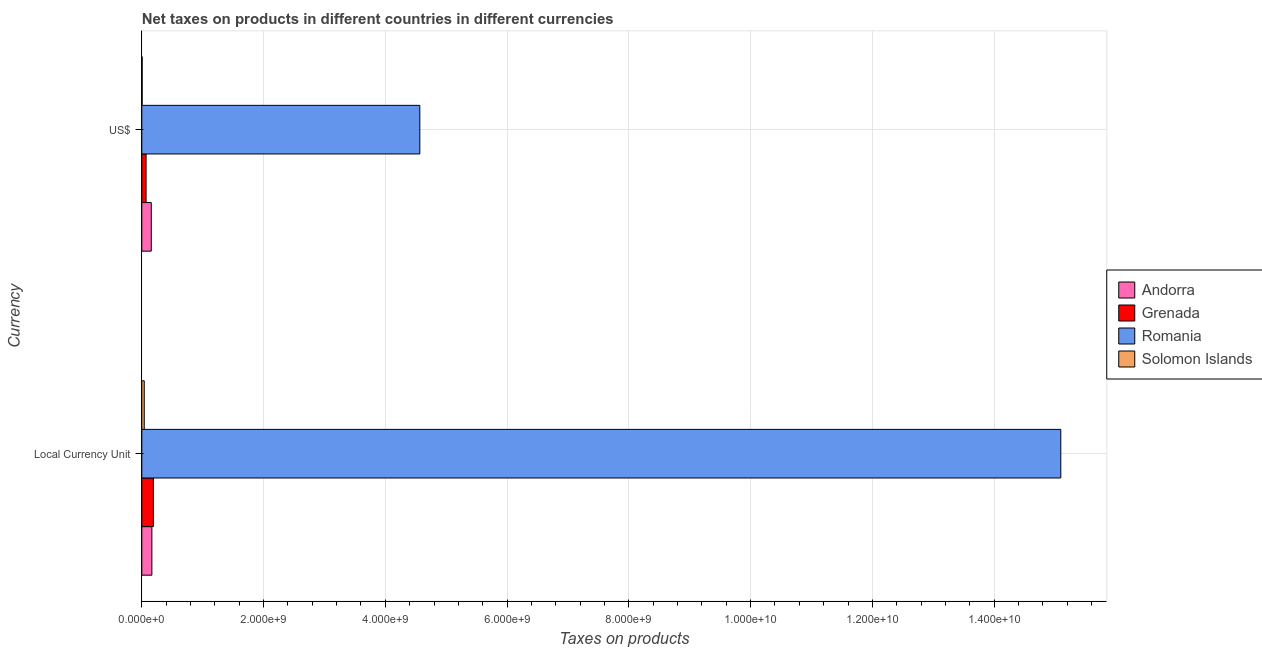
| Currency | Andorra | Grenada | Romania | Solomon Islands |
 | --- | --- | --- | --- | --- |
 | Local Currency Unit | 1.66e+08 | 1.9e+08 | 1.51e+10 | 4.03e+07 |
 | US$ | 1.56e+08 | 7.03e+07 | 4.57e+09 | 5.98e+06 |